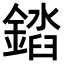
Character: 𨪫